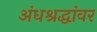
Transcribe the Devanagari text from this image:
अंधश्रद्धांवर